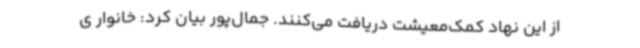
از این نهاد کمک‌معیشت دریافت می‌کنند. جمال‌پور بیان کرد: خانوار ی